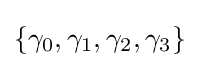
\{\gamma _{0},\gamma _{1},\gamma _{2},\gamma _{3}\}